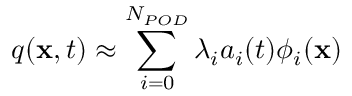
q ( \mathbf { x } , t ) \approx \sum _ { i = 0 } ^ { N _ { P O D } } \lambda _ { i } a _ { i } ( t ) \phi _ { i } ( \mathbf { x } )